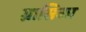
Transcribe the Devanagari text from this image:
ग्रासिका